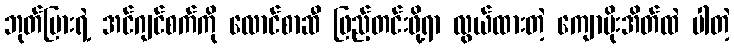
ဘုတ်ပြားရဲ့ အင်ဂျင်စက်ကို လောင်စာဆီ ဖြည့်တင်းဖို့ရာ လွယ်ထားတဲ့ ကျောပိုးအိတ်ထဲ ပါတဲ့